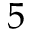
5